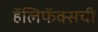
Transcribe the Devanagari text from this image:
हॅलिफॅक्सची